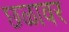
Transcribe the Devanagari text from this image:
छळावर